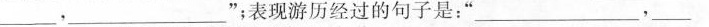
_，___‘’；表现游历经过的句子是：‘’___，__